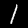
Label: 1